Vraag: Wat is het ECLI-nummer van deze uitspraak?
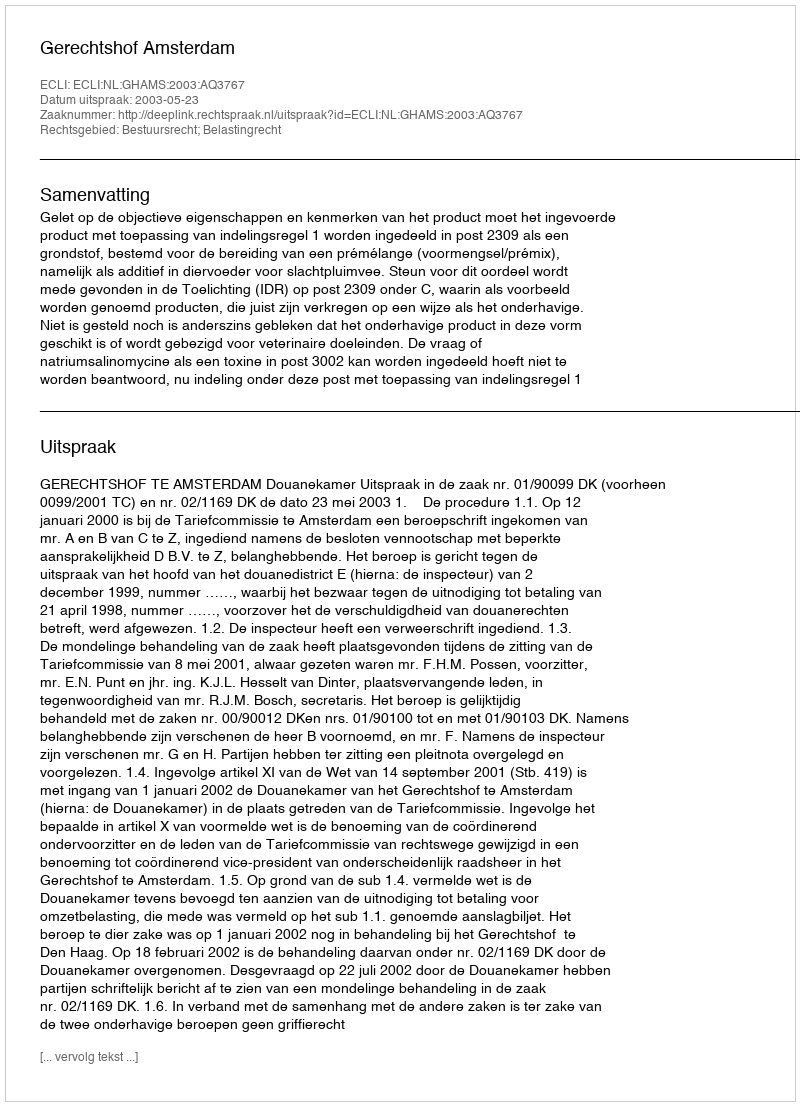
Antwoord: ECLI:NL:GHAMS:2003:AQ3767